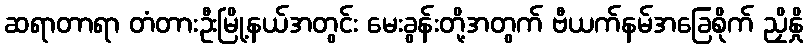
ဆရာတာရာ တံတားဦးမြို့နယ်အတွင်း မေးခွန်းတို့အတွက် ဗီယက်နမ်အခြေစိုက် ညှိနှို